Annual administration report of the Civil Veterinary Department of India - 1896-1897
Year: 1896
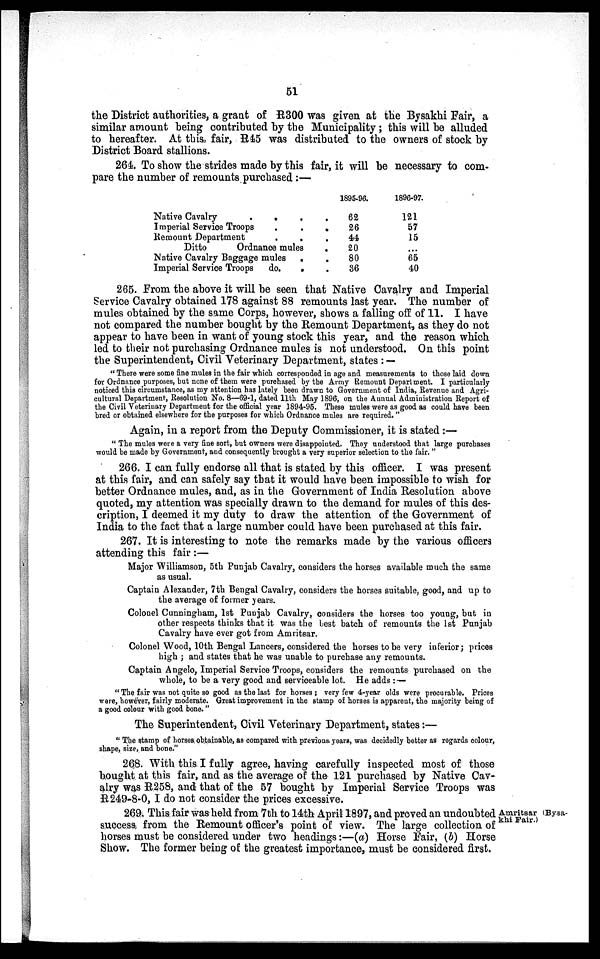
51
the District authorities, a grant of R300 was given at the Bysakhi Fair, a
similar amount being contributed by the Municipality; this will be alluded
to hereafter. At this, fair, R45 was distributed to the owners of stock by
District Board stallions.
264. To show the strides made by this fair, it will be necessary to com-
pare the number of remounts purchased:—
Native Cavalry . . .
Imperial Service Troops . .
Remount Department
.
.
Ditto
Ordnance mules
Native Cavalry Baggage mules .
Imperial Service Troops do.
.
1895-96.
. 62
. 26
. 44
. 20
. 80
. 36
1896-97.
121
57
15
...
65
40
265. From the above it will be seen that Native Cavalry and Imperial
Service Cavalry obtained 178 against 88 remounts last year. The number of
mules obtained by the same Corps, however, shows a falling off of 11. I have
not compared the number bought by the Remount Department, as they do not
appear to have been in want of young stock this year, and the reason which
led to their not purchasing Ordnance mules is not understood. On this point
the Superintendent, Civil Veterinary Department, states: —
"There were some fine mules in the fair which corresponded in age and measurements to those laid down
for Ordnance purposes, but none of them were purchased by the Army Remount Department. I particularly
noticed this circumstance, as my attention has lately been drawn to Government of India, Revenue and Agri-
cultural Department, Resolution No. 8—69-1, dated 11th May 1896, on the Annual Administration Report of
the Civil Veterinary Department for the official year 1894-95. These mules were as good as could have been
bred or obtained elsewhere for the purposes for which Ordnance mules are required."
Again, in a report from the Deputy Commissioner, it is stated:—
"The mules were a very fine sort, but owners were disappointed. They understood that large purchases
would be made by Government, and consequently brought a very superior selection to the fair."
266. I can fully endorse all that is stated by this officer. I was present
at this fair, and can safely say that it would have been impossible to wish for
better Ordnance mules, and, as in the Government of India Resolution above
quoted, my attention was specially drawn to the demand for mules of this des-
cription, I deemed it my duty to draw the attention of the Government of
India to the fact that a large number could have been purchased at this fair.
267. It is interesting to note the remarks made by the various officers
attending this fair:—
Major Williamson, 5th Punjab Cavalry, considers the horses available much the same
as usual.
Captain Alexander, 7th Bengal Cavalry, considers the horses suitable, good, and up to
the average of former years.
Colonel Cunningham, 1st Punjab Cavalry, considers the horses too young, but in
other respects thinks that it was the best batch of remounts the 1st Punjab
Cavalry have ever got from Amritsar.
Colonel Wood, 10th Bengal Lancers, considered the horses to be very inferior; prices
high; and states that he was unable to purchase any remounts.
Captain Angelo, Imperial Service Troops, considers the remounts purchased on the
whole, to be a very good and serviceable lot. He adds: -
"The fair was not quite so good as the last for horses ; very few 4-year olds were procurable. Prices
were, however, fairly moderate. Great improvement in the stamp of horses is apparent, the majority being of
a good colour with good bone."
The Superintendent, Civil Veterinary Department, states:—
"The stamp of horses obtainable, as compared with previous years, was decidedly better as regards colour,
shape, size, and bone."
268. With this I fully agree, having carefully inspected most of those
bought at this fair, and as the average of the 121 purchased by Native Cav-
alry was R258, and that of the 57 bought by Imperial Service Troops was
R249-8-0, I do not consider the prices excessive.
Amritsar (Bysa-
khi Fair.)
269. This fair was held from 7th to 14th April 1897, and proved an undoubted
success from the Remount officer's point of view. The large collection of
horses must be considered under two headings:—(a) Horse Fair, (b) Horse
Show. The former being of the greatest importance, must be considered first.